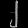
Digit: ၂